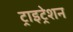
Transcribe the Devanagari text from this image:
ट्राइट्रेशन